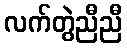
လက်တွဲညီညီ